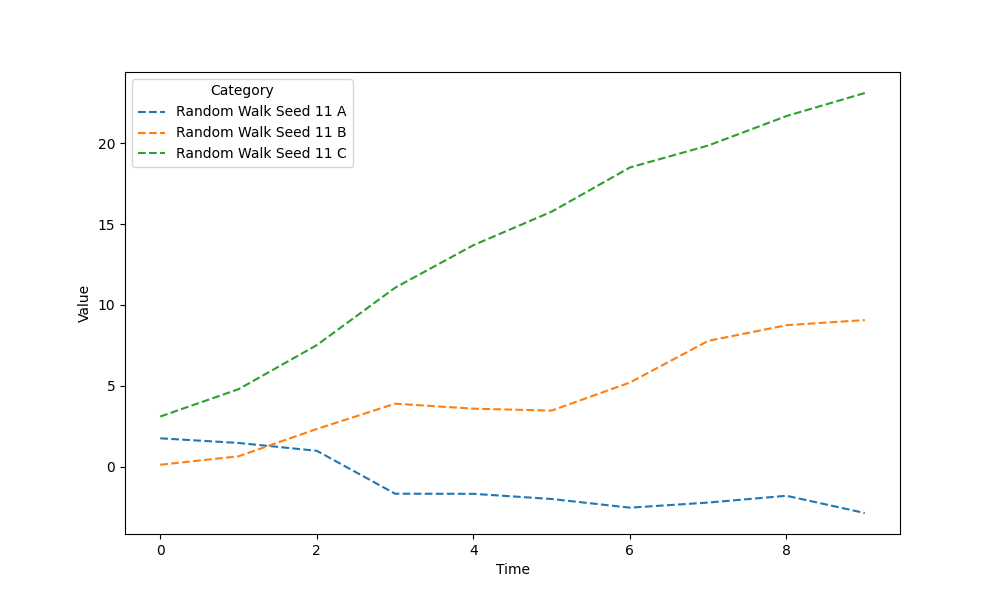
python, seaborn, lineplot, style='dashed', marker='None'